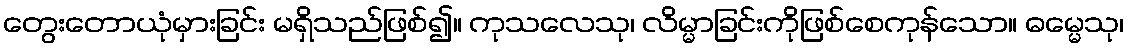
တွေးတောယုံမှားခြင်း မရှိသည်ဖြစ်၍။ ကုသလေသု၊ လိမ္မာခြင်းကိုဖြစ်စေကုန်သော။ ဓမ္မေသု၊